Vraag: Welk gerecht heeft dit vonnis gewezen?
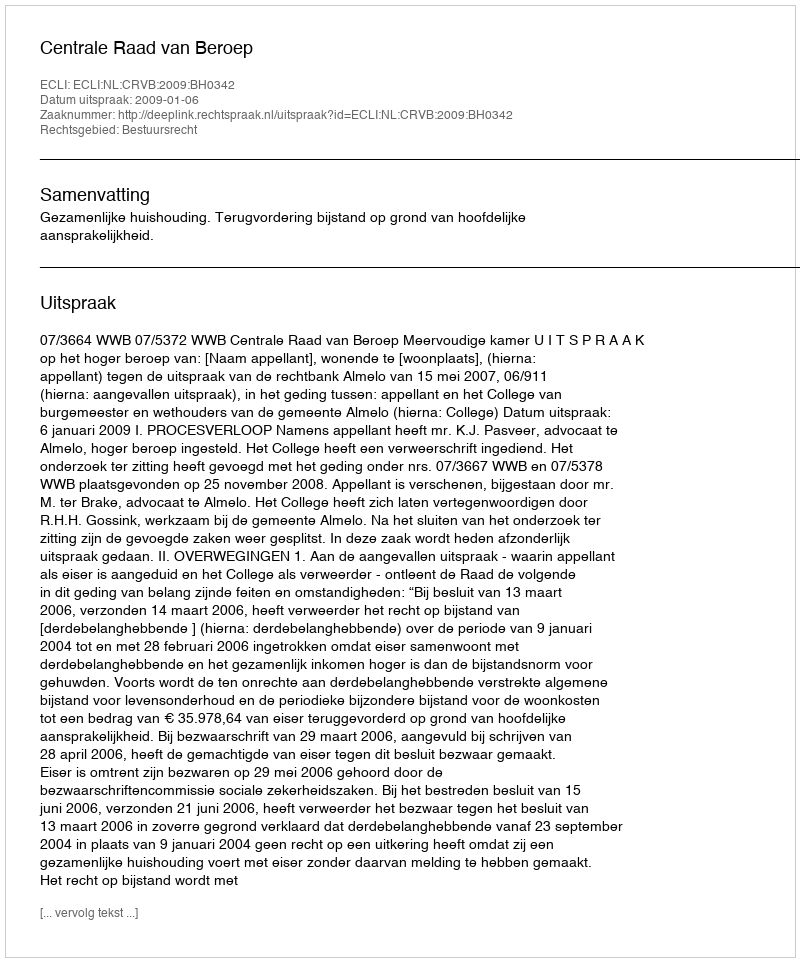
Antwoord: Centrale Raad van Beroep